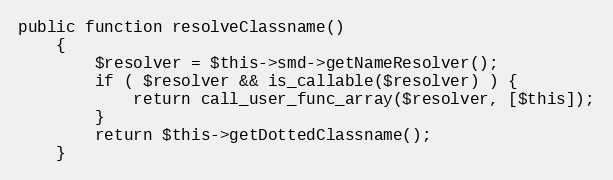
Language: PHP
public function resolveClassname()
    {
        $resolver = $this->smd->getNameResolver();
        if ( $resolver && is_callable($resolver) ) {
            return call_user_func_array($resolver, [$this]);
        }
        return $this->getDottedClassname();
    }